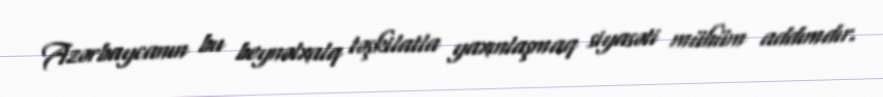
Azərbaycanın bu beynəlxalq təşkilatla yaxınlaşmaq siyasəti mühüm addımdır.